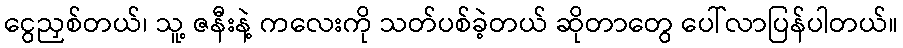
ငွေညှစ်တယ်၊ သူ့ ဇနီးနဲ့ ကလေးကို သတ်ပစ်ခဲ့တယ် ဆိုတာတွေ ပေါ်လာပြန်ပါတယ်။